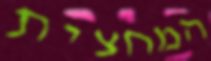
המחצית